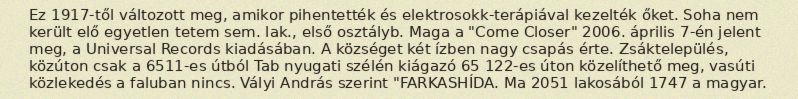
Ez 1917-től változott meg, amikor pihentették és elektrosokk-terápiával kezelték őket. Soha nem került elő egyetlen tetem sem. lak., első osztályb. Maga a "Come Closer" 2006. április 7-én jelent meg, a Universal Records kiadásában. A községet két ízben nagy csapás érte. Zsáktelepülés, közúton csak a 6511-es útból Tab nyugati szélén kiágazó 65 122-es úton közelíthető meg, vasúti közlekedés a faluban nincs. Vályi András szerint "FARKASHÍDA. Ma 2051 lakosából 1747 a magyar.